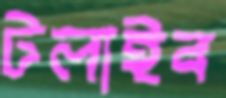
টলাইব